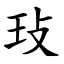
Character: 㺳